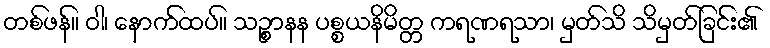
တစ်ဖန်။ ဝါ၊ နောက်ထပ်။ သဉ္စာနန ပစ္စယနိမိတ္တ ကရဏရသာ၊ မှတ်သိ သိမှတ်ခြင်း၏